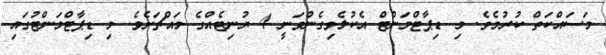
މަސައްކަތް ކުރުމެވެ. މި ޑިޕާޓްމަންޓް އެކުލެވިގެންވަނީ 4 ޔުނިޓެއްގެ މައްޗަށެވެ. މި ޑިޕާޓްމަންޓުގައި